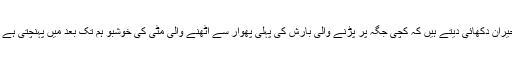
اَ حمق لوگ ابھی تک اس بات پر حیران دکھائی دیتے ہیں کہ کچی جگہ پر پڑنے والی بارش کی پہلی پھوار سے اُٹھنے والی مِٹّی کی خوشبو ہم تک بعد میں پہنچتی ہے جبکہ بجلی پہلے بند ہو جاتی ہے ۔